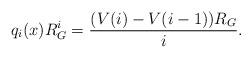
LaTeX: \begin{align*}q_i(x)R_G^i=\frac{(V(i)-V(i-1))R_G}{i}.\end{align*}